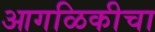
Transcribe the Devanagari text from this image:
आगळिकीचा